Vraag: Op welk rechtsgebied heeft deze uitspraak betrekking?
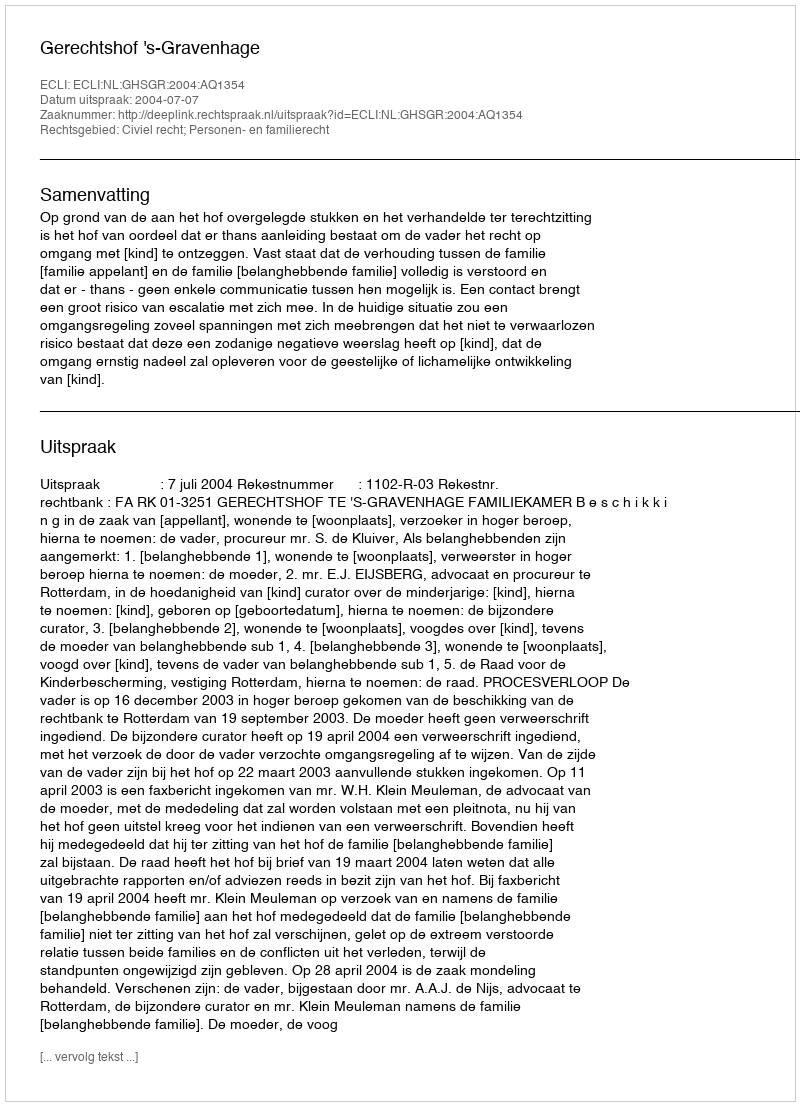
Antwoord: Civiel recht; Personen- en familierecht